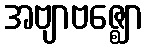
အဗျာဗဇ္ဈော